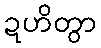
ဍဟိတွာ